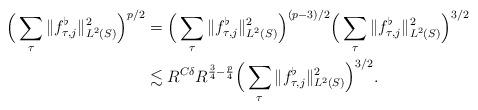
LaTeX: \begin{align*}\Big( \sum_{\tau} \|f_{\tau,j}^{\flat}\|_{L^2(S)}^2 \Big)^{p/2} &= \Big( \sum_{\tau} \|f_{\tau,j}^{\flat}\|_{L^2(S)}^2 \Big)^{(p-3)/2} \Big( \sum_{\tau} \|f_{\tau,j}^{\flat}\|_{L^2(S)}^2 \Big)^{3/2} \\&\lesssim R^{C\delta} R^{\frac{3}{4} - \frac{p}{4}} \Big( \sum_{\tau} \|f_{\tau,j}^{\flat}\|_{L^2(S)}^2 \Big)^{3/2}.\end{align*}